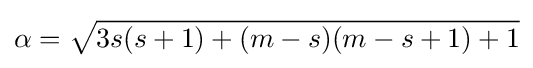
\alpha ={\sqrt {3s(s+1)+(m-s)(m-s+1)+1}}